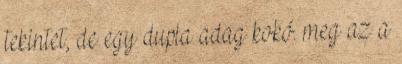
tekintet, de egy dupla adag kokó. meg az a